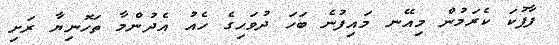
ފާފުކަ ކެރަމުން މިއޭނ މައިފުނެ ބަހަ ދުވަހިގެ ހެއު އެދުންމާ ތަހޮނިޔާ ރަށި